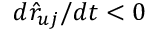
d \hat { r } _ { u j } / d t < 0